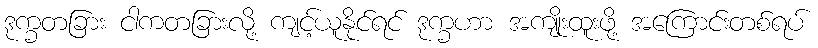
ဒုက္ခတခြား ငါကတခြားလို့ ကျင့်ယူနိုင်ရင် ဒုက္ခဟာ အကျိုးထူးဖို့ အကြောင်းတစ်ရပ်